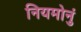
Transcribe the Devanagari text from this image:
नियमोनुं